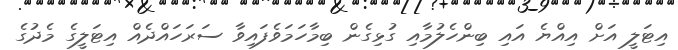
އިޓަލީ އަށް އިއްޔެ އައި ބިންހެލުމާއި ގުޅިގެން ބިމާހަމަވެފައިވާ ސަރަހައްދެއް އިޓަލީގެ މެދުގެ